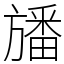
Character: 旙